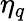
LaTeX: \eta_{q}